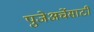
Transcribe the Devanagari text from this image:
पुजेअर्चेसाठी